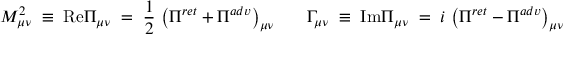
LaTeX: { \cal M } _ { \mu \nu } ^ { 2 } \; \equiv \; \mathrm { R e } { \Pi } _ { \mu \nu } \; = \; \frac { 1 } { 2 } \, \left( { \Pi } ^ { r e t } + { \Pi } ^ { a d v } \right) _ { \mu \nu } \; \; \; \; \; \; \Gamma _ { \mu \nu } \; \equiv \; \mathrm { I m } { \Pi } _ { \mu \nu } \; = \; i \, \left( { \Pi } ^ { r e t } - { \Pi } ^ { a d v } \right) _ { \mu \nu }